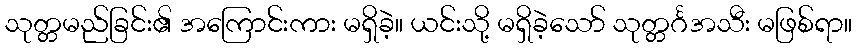
သုတ္တမည်ခြင်း၏ အကြောင်းကား မရှိခဲ့။ ယင်းသို့ မရှိခဲ့သော် သုတ္တင်္ဂအသီး မဖြစ်ရာ။